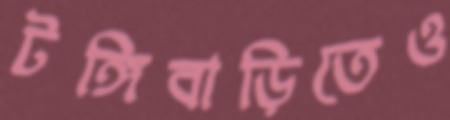
টঙ্গিবাড়িতেও